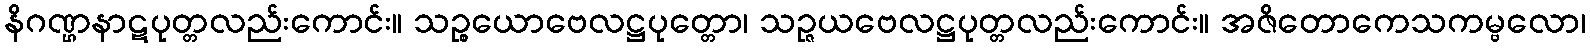
နိဂဏ္ဌနာဋပုတ္တလည်းကောင်း။ သဉ္စယောဗေလဋ္ဌပုတ္တော၊ သဉ္ဇယဗေလဋ္ဌပုတ္တလည်းကောင်း။ အဇိတောကေသကမ္ဗလော၊